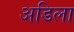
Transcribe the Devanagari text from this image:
अडिला